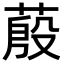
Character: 蒑